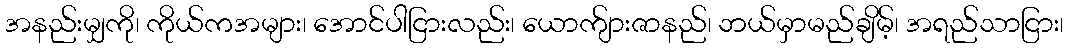
အနည်းမျှကို၊ ကိုယ်ကအများ၊ အောင်ပါငြားလည်း၊ ယောက်ျားဇာနည်၊ ဘယ်မှာမည်ချိမ့်၊ အရည်သာငြား၊